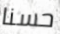
حسنا